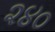
૨૪૦